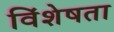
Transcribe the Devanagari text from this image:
विंशेषता